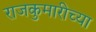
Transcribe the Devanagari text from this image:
राजकुमारीच्या